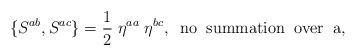
LaTeX: \begin{align*}\{S^{ab}, S^{ac}\} = \frac{1}{2} \; \eta^{aa}\; \eta^{bc}, \;\;{\rm no\;\; summation\;\; over\;\; a},\end{align*}